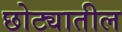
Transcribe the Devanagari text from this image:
छोट्यातील